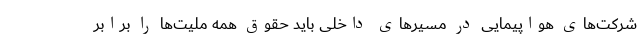
شرکت‌های هواپیمایی در مسیر‌های داخلی باید حقوق همه ملیت‌ها را برابر